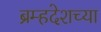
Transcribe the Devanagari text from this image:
ब्रम्हदेशच्या